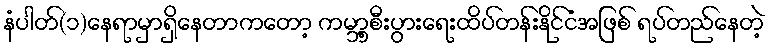
နံပါတ်(၁)နေရာမှာရှိနေတာကတော့ ကမာ့္ဘစီးပွားရေးထိပ်တန်းနိုင်ငံအဖြစ် ရပ်တည်နေတဲ့